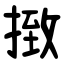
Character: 㨖